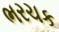
ભરચક